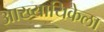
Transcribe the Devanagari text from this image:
आख्यायिकेला